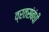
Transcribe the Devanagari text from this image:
व्रतसंबंधी